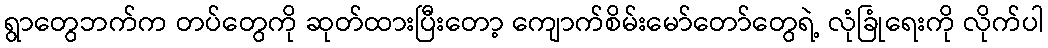
ရွာတွေဘက်က တပ်တွေကို ဆုတ်ထားပြီးတော့ ကျောက်စိမ်းမော်တော်တွေရဲ့ လုံခြုံရေးကို လိုက်ပါ